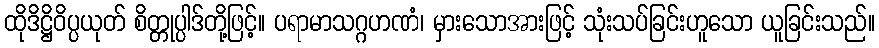
ထိုဒိဋ္ဌိဝိပ္ပယုတ် စိတ္တုပ္ပါဒ်တို့ဖြင့်။ ပရာမာသဂ္ဂဟဏံ၊ မှားသောအားဖြင့် သုံးသပ်ခြင်းဟူသော ယူခြင်းသည်။